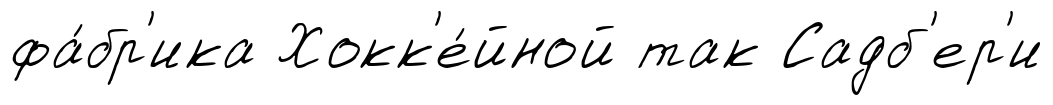
фа́бр'ика Хокк'е́йной так Садб'ер'и